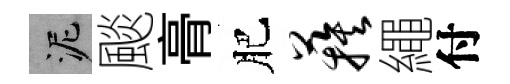
泥颷𮌔肥蔟繩付